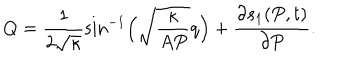
Q = \frac { 1 } { 2 \sqrt { \kappa } } \sin ^ { - 1 } \Bigl ( \sqrt { \frac { \kappa } { A P } } q \Bigr ) + \frac { \partial s _ { 1 } ( P , t ) } { \partial P } .